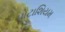
પોટાશિયમ